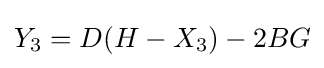
Y_{3}=D(H-X_{3})-2BG